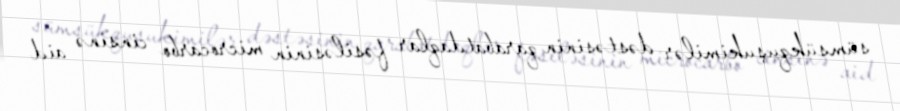
sümsükquşukimilər dəstəsinin qarabatdaqlar fəsiləsinin microcarbo cinsinə aid